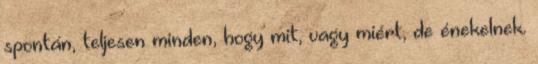
spontán, teljesen minden, hogy mit, vagy miért, de énekelnek.